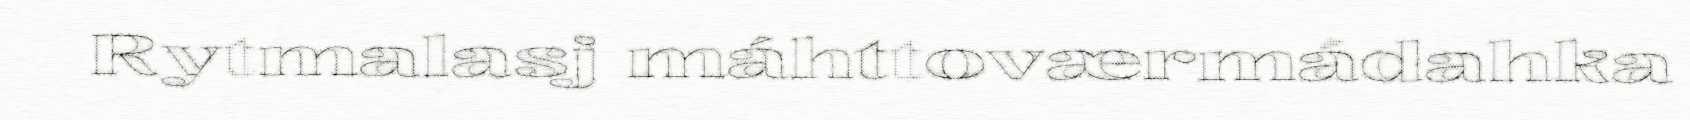
Rytmalasj máhttoværmádahka